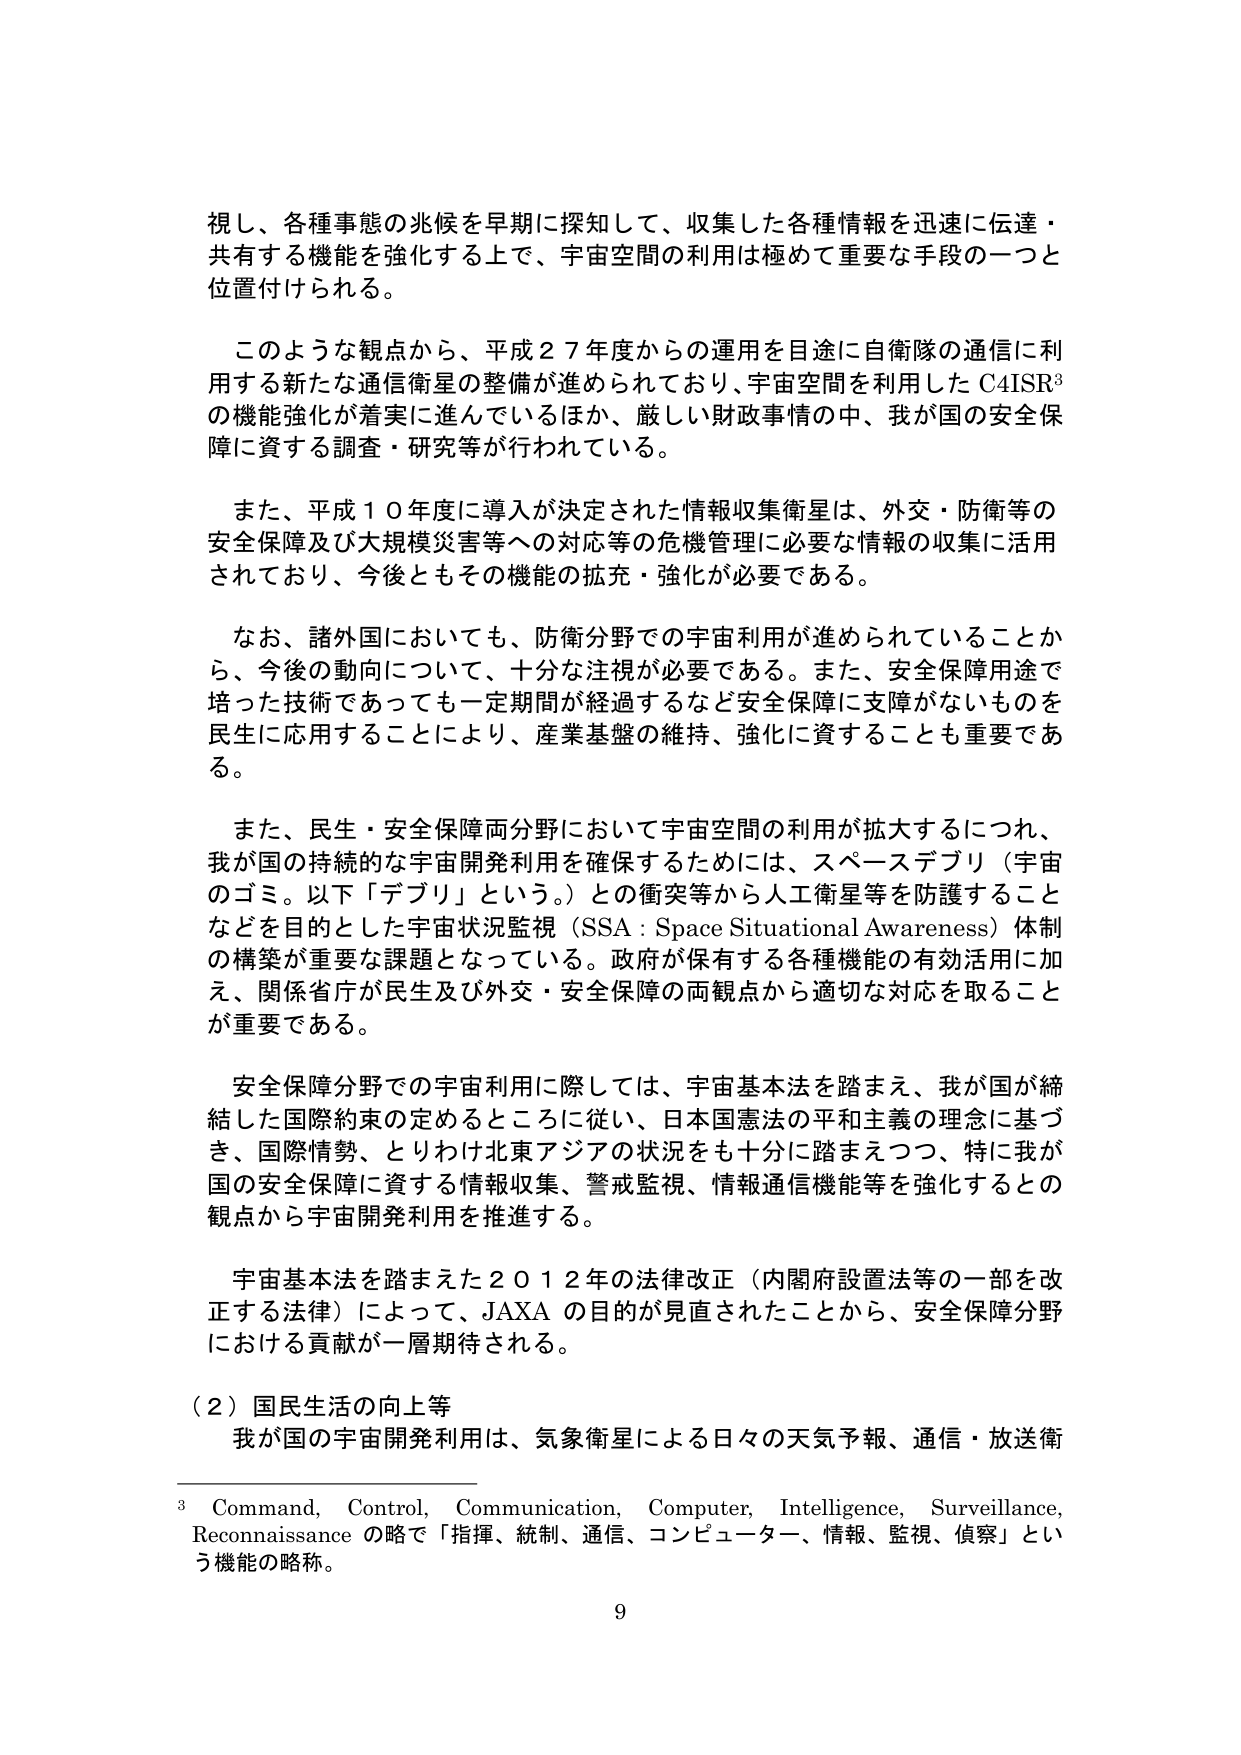
視し、各種事態の兆候を早期に探知して、収集した各種情報を迅速・共有する機能を強化する上で、宇宙空間の利用は極めて重要な手段の一つと位置付けられる。

このような観点から、平成２７年度からの運用を目途に自衛隊の通信に利用する新たな通信衛星の整備が進められており、宇宙空間を利用したC4ISR³の機能強化が着実に進んでいるほか、厳しい財政事情の中、我が国の安全保障に資する調査・研究等が行われている。

また、平成１０年度に導入が決定された情報収集衛星は、外交・防衛等の安全保障及び大規模災害等への対応等の危機管理に必要な情報の収集に活用されており、今後ともその機能の拡充・強化が必要である。

なお、諸外国においても、防衛分野での宇宙利用が進められていることから、今後の動向について、十分な注視が必要である。また、安全保障用途で培った技術であっても一定期間が経過するなど安全保障に支障がないものを民生に応用することにより、産業基盤の維持・強化に資することも重要である。

また、民生・安全保障両分野において宇宙空間の利用が拡大するにつれ、我が国の持続的な宇宙開発利用を確保するためには、スペースデブリ（宇宙のゴミ。以下「デブリ」という。）との衝突等から人工衛星等を防護することなどを目的とした宇宙状況監視（SSA：Space Situational Awareness）体制の構築が重要な課題となっている。政府が保有する各種機能の有効活用に加え、関係省庁が民生及び外交・安全保障の両観点から適切な対応を取ることが重要である。

安全保障分野での宇宙利用に際しては、宇宙基本法を踏まえ、我が国が締結した国際約束の定めるところに従い、日本国憲法の平和主義の理念に基づき、国際情勢、とりわけ北東アジアの状況をも十分に踏まえつつ、特に我が国の安全保障に資する情報収集、警戒監視、情報通信機能等を強化するとの観点から宇宙開発利用を推進する。

宇宙基本法を踏まえた２０１２年の法律改正（内閣府設置法等の一部を改正する法律）によって、JAXAの目的が見直されたことから、安全保障分野における貢献が一層期待される。

（２）国民生活の向上等
我が国の宇宙開発利用は、気象衛星による日々の天気予報、通信・放送衛

³ Command, Control, Communication, Computer, Intelligence, Surveillance, Reconnaissance の略で「指揮、統制、通信、コンピューター、情報、監視、偵察」という機能の略称。

9